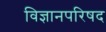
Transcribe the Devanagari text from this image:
विज्ञानपरिषद